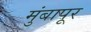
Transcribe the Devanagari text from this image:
मुंबापूर